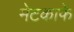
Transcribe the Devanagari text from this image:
मेटकाफे